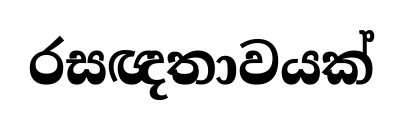
රසඥතාවයක්